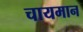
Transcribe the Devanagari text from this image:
चायमान